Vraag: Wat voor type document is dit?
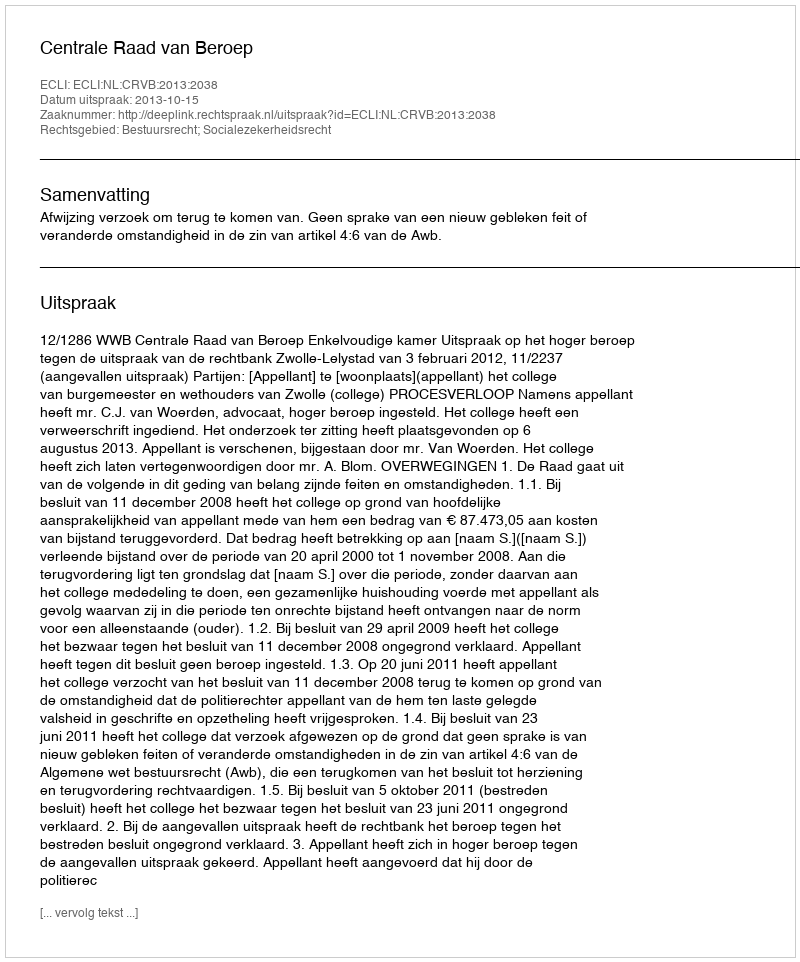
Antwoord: Uitspraak